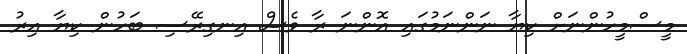
މީސްމީހުންނަށް ކިޔާ ނަންނަމުގައި އޮންނަ ރާ ވެސް އިނގިރޭސި ބަހުން ކިޔާ އިރު